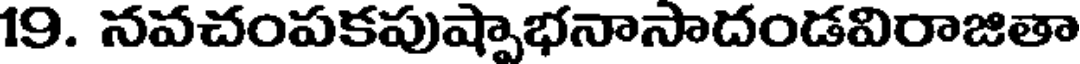
19. నవచంపకపుష్పాభనాసాదండవిరాజితా